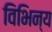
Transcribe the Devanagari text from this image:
विभिन्य